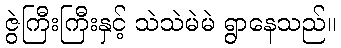
ဇွဲကြီးကြီးနှင့် သဲသဲမဲမဲ ရွာနေသည်။